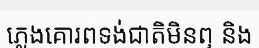
ភ្លេងគោរពទង់ជាតិមិនឮ និង